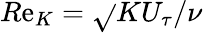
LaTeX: R\mathrm{e}_{K}=\sqrt{}{{K}}U_{\tau}/\nu